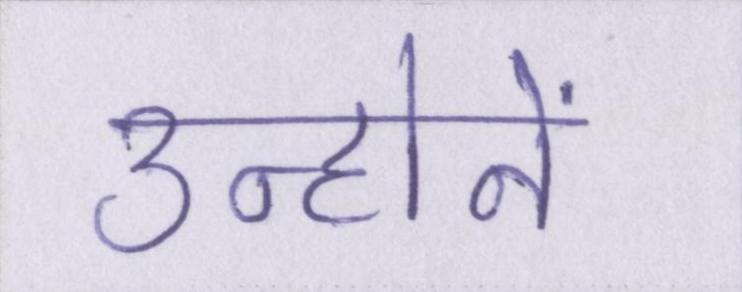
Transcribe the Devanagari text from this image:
उन्होनें